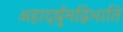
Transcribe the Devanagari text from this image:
अहार्द्द्युमद्विभाति